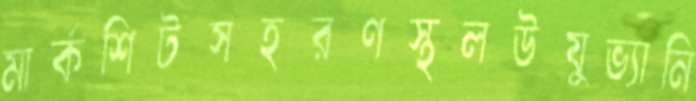
মার্কশিটসহরণস্থলউযুভ্যানি